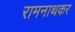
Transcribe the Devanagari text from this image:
रामनाथकर